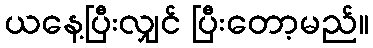
ယနေ့ပြီးလျှင် ပြီးတော့မည်။